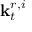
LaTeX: \mathbf { k } _ { t } ^ { r , i }